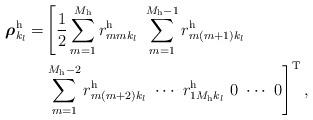
LaTeX: \begin{align*}\boldsymbol{\rho}_{k_l}^\mathrm{h} = & \left[ \frac{1}{2} \sum_{m=1}^{M_\mathrm{h}} r_{mmk_l}^\mathrm{h} \,\, \sum_{m=1}^{M_\mathrm{h}-1} r_{m\left(m+1\right)k_l}^\mathrm{h} \,\, \right. \\ & \left. \sum_{m=1}^{M_\mathrm{h}-2} r_{m\left(m+2\right)k_l}^\mathrm{h} \,\,\cdots \,\, r_{1M_\mathrm{h}k_l}^\mathrm{h} \,\, 0 \,\, \cdots \,\, 0 \right]^\mathrm{T},\end{align*}